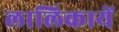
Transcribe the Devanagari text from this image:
लालिकायें